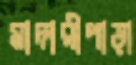
মাদারীপাড়া